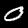
Digit: 0